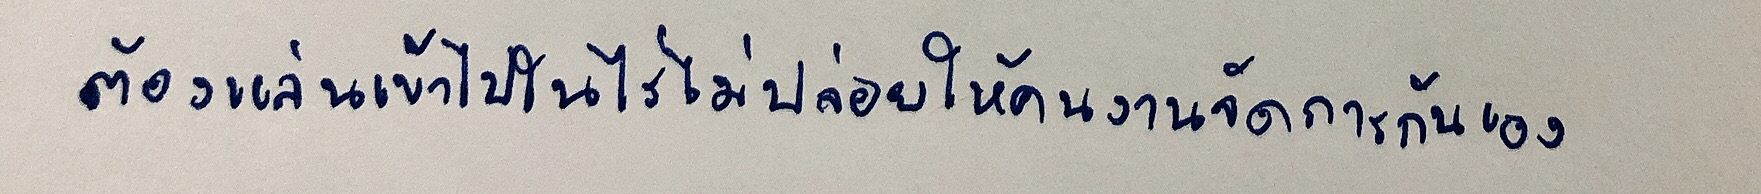
ต้องแล่นเข้าไปในไร่ไม่ปล่อยให้คนงานจัดการกันเอง"